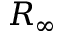
R _ { \infty }